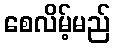
စေလိမ့်မည်